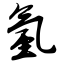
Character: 氢